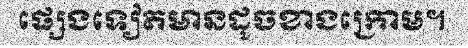
ផ្សេងទៀតមានដូចខាងក្រោម។